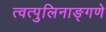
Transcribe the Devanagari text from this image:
त्वत्पुलिनाङ्गणे